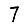
Digit: 7